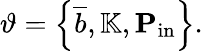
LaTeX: \vartheta=\left\{ \overline{{b}},\mathbb{K},\mathbf{P}_{\mathrm{in}}\right\} .